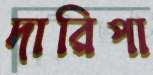
দারিপা